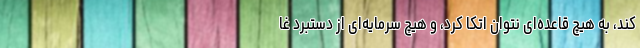
کند، به هیچ قاعده‌ای نتوان اتکا کرد، و هیچ سرمایه‌ای از دستبرد غا